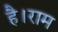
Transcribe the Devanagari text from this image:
है।राम